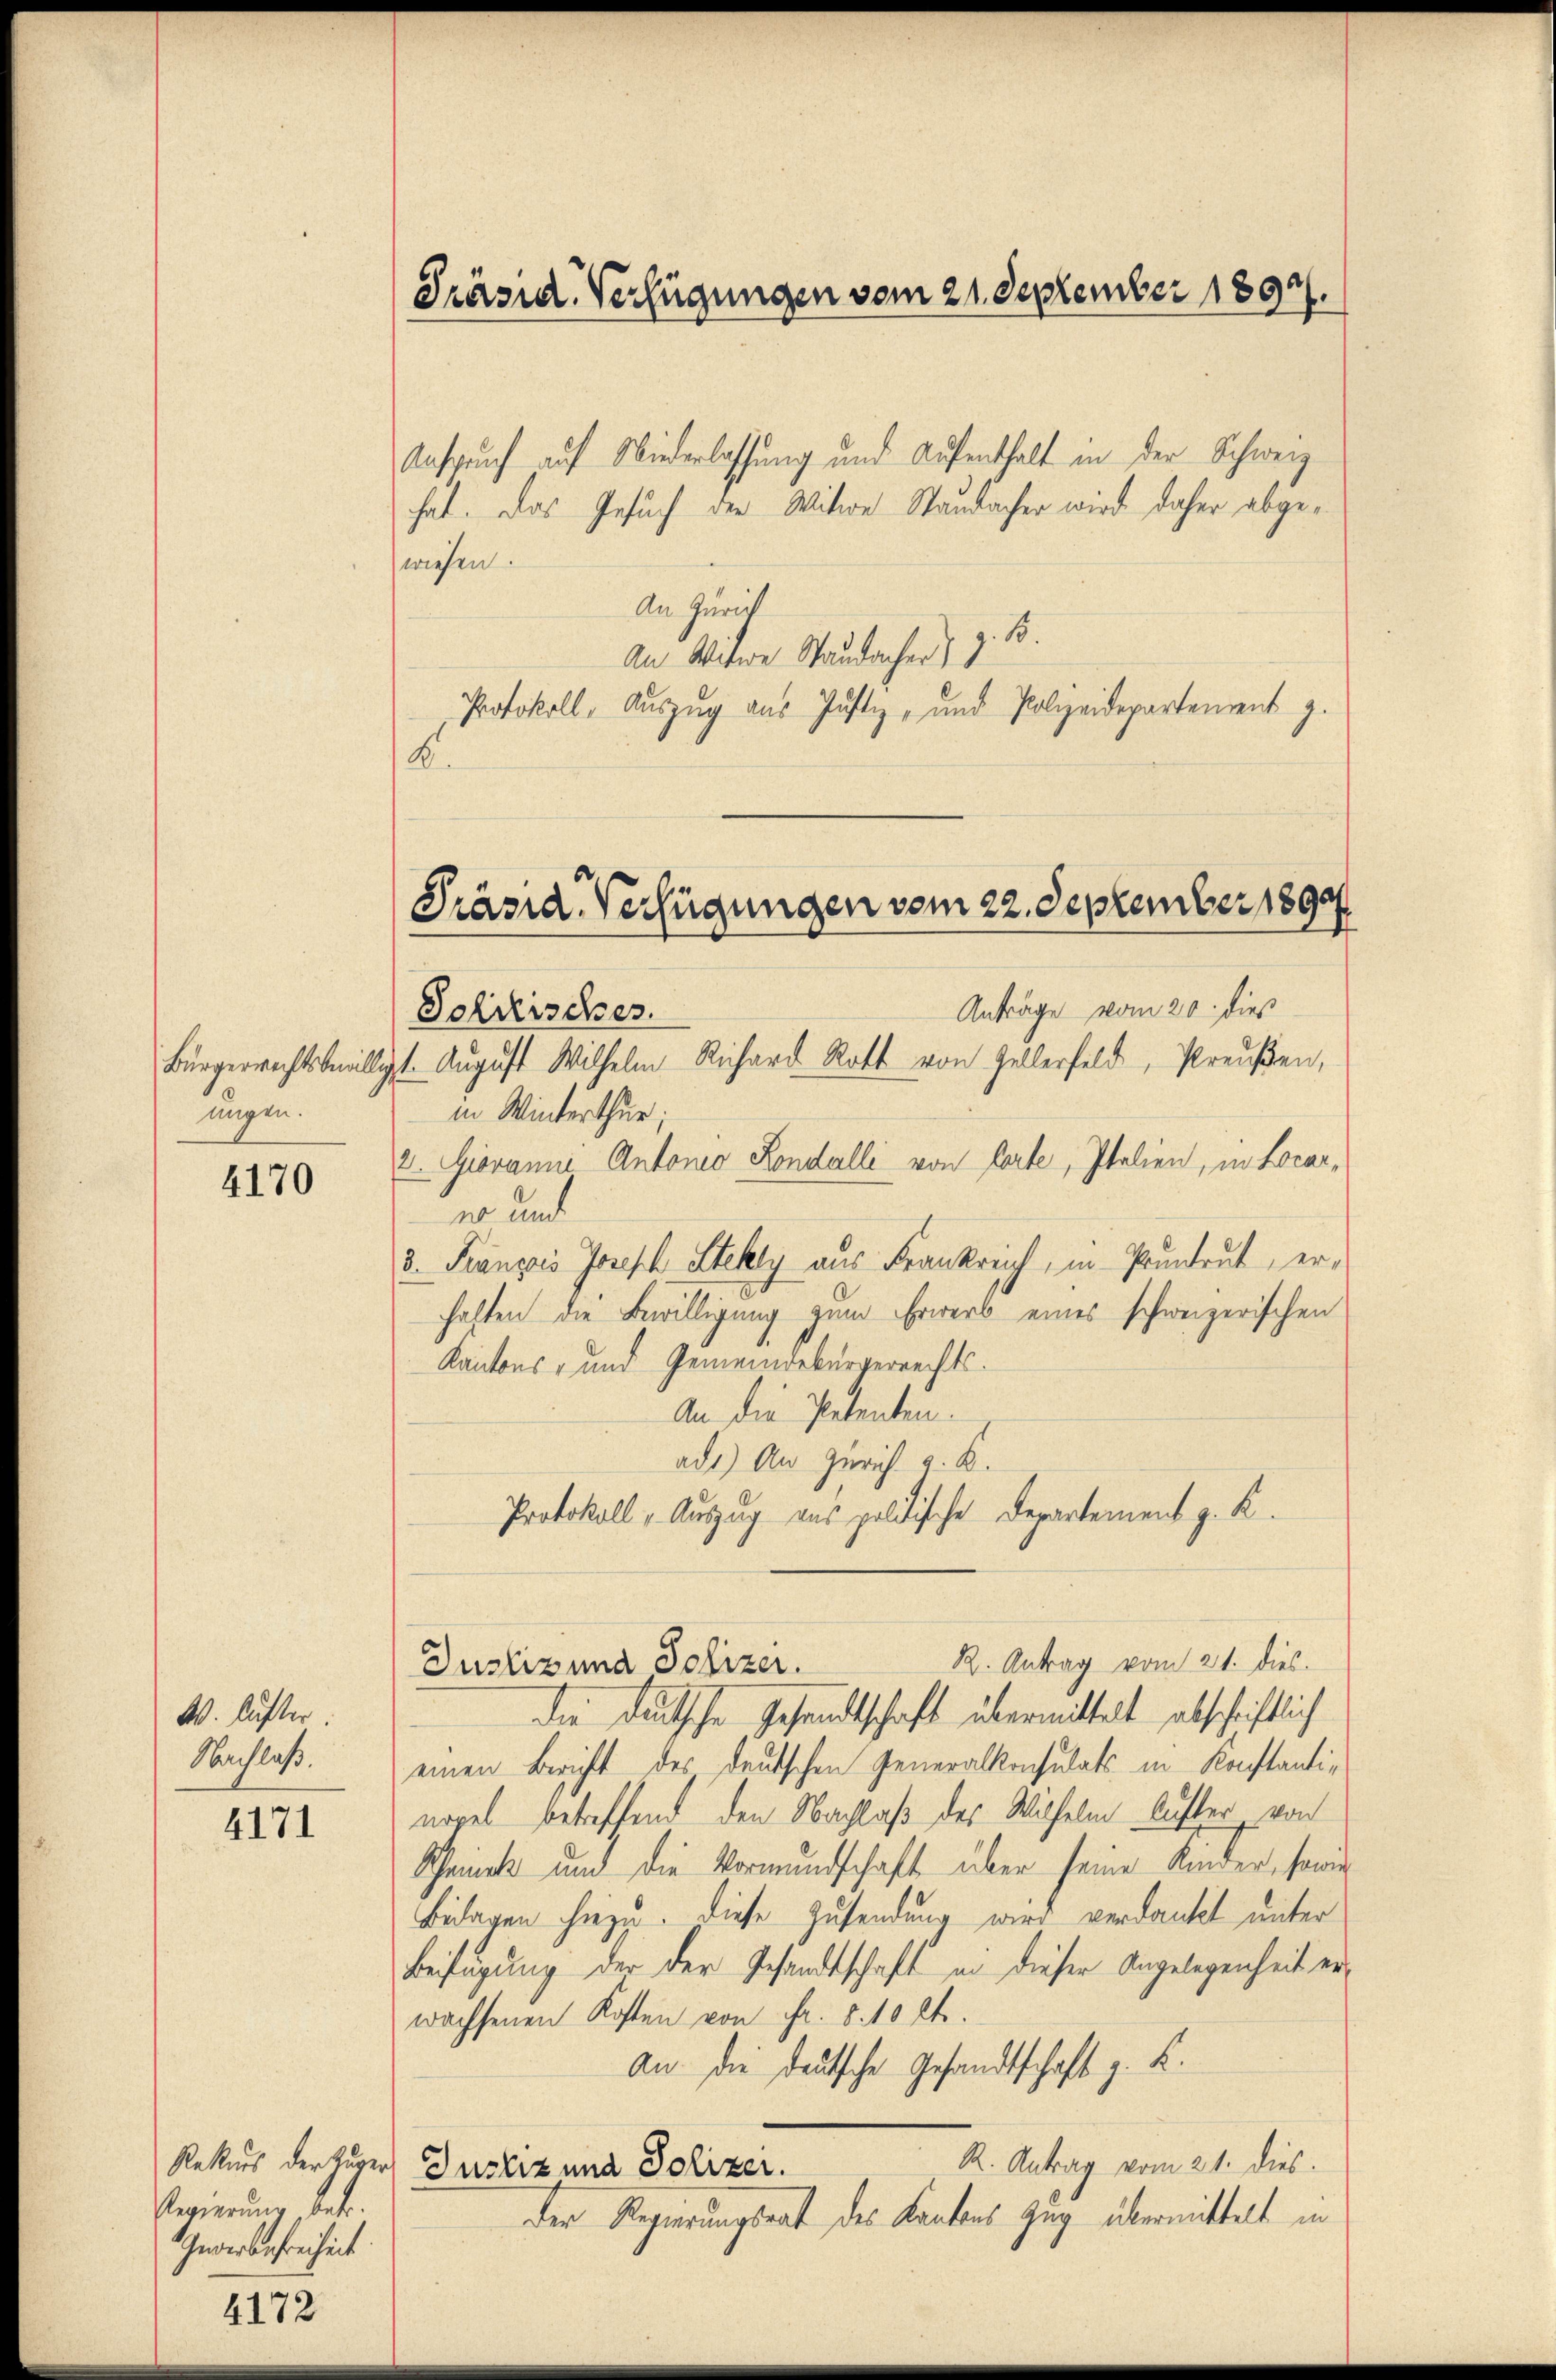
Bürgerrechtsbewillig
ungen.

4170

W. luster.
Nachlaß.

4171

Regierung betr.
Gewerbefreiheit

4172

Präsid. Verfügungen vom 21. September 1897.

Anspruch auf Wiederlassung und Aufenthalt in der Schweiz
hat. Das Gesuch der Witwe Standacher wird daher abgewiesen.
An Zürich
s
An Witwe Staudacher 9
Protokoll, Auszug aus Justiz- und Polizeidepartement z.
8

Präsid. Verfügungen vom 22. September 1890

Solitisches.

Anträge vom 20. dieß
t. August Wilhelm Richard Rath von Zellerfeld, Preußen,
in Winterthur;
2. Giovanne Antonio Rondalli von Porte, Italien, in Locarer und
3. Français Joseph Stelly aus Frankreich, in Pruntrut, erhalten die Bewilligung zum Erwerb eines schweizerischen
Kantons- und Gemeindebürgerrechts¬
An die Petenten.
ad1) An Zürich v. K.
Protokoll „Auszug aus politische Departement z. K.
R. Antrag vom 21. dies.
Justizina Polizer.
die deutsche Gesandtschaft übermittelt abschriftlich
einen Bericht des deutschen Generalkonsulats in Konstantie
nopel betreffend den Nachlaß des Wilhelm luster von
Scheint und die Vormundschaft über seine Kinder, seine
Beilagen hiezu. Diese Zusendung wird verdankt unter
Beifügung der der Gesandtschaft in dieser Angelegenheit erwachsenen Kosten von Fr. 5. 10 lt.
An die deutsche Gesandtschaft z. K.
R. Antrag vom 21. dies
Rekurs der Zuger Justiz und Polizer.
der Regierungsrat des Kantons Zug übermittelt in